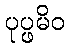
ပုပ္ဖမိဝ